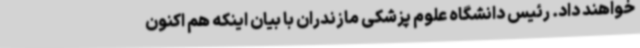
خواهند داد. رئیس دانشگاه علوم پزشکی مازندران با بیان اینکه هم اکنون